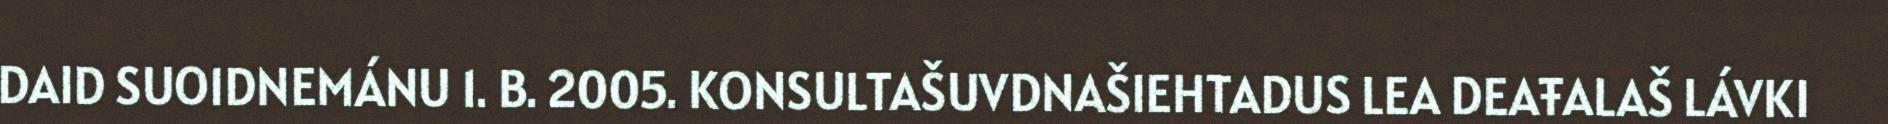
DAID SUOIDNEMÁNU 1. B. 2005. KONSULTAŠUVDNAŠIEHTADUS LEA DEAŦALAŠ LÁVKI